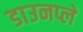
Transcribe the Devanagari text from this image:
डाउनप्ले